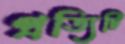
প্রত্যিটি